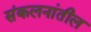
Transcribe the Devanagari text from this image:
संकलनांतील